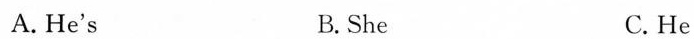
A. He's B.She C.He